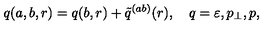
q ( a , b , r ) = q ( b , r ) + \tilde { q } ^ { ( a b ) } ( r ) , \quad q = \varepsilon , p _ { \perp } , p ,